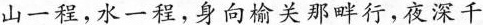
山一程，水一程，身向榆关那畔行，夜深千